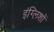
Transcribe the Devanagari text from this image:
इंग्लिशों